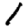
Digit: 1